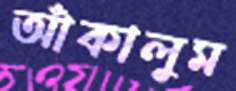
আঁকালুম